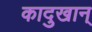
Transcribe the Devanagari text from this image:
कादुखान्